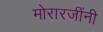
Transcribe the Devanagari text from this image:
मोरारजींनी